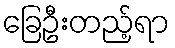
ခြေဦးတည့်ရာ